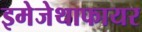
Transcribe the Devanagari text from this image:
इमेजेथाफायर